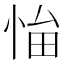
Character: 𢚜